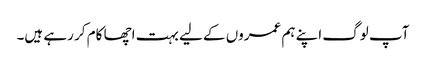
آپ لوگ اپنے ہم عمروں کے لیے بہت اچھا کام کر رہے ہیں۔